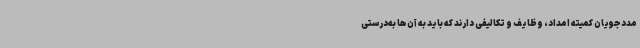
مددجویان کمیته امداد، وظایف و تکالیفی دارند که باید به آن‌ها به‌درستی